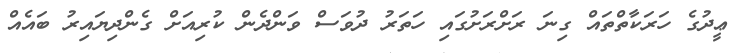
ޢީދުގެ ހަރަކާތްތައް ގިނަ ރަށްރަށުގައި ހަތަރު ދުވަސް ވަންދެން ކުރިއަށް ގެންދިޔައިރު ބައެއް